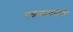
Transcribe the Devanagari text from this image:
रक्तस्राववाले